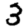
Digit: 3